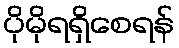
ပိုမိုရရှိစေရန်